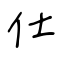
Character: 仕